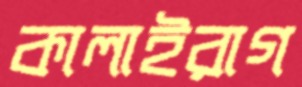
কালাইরাগ